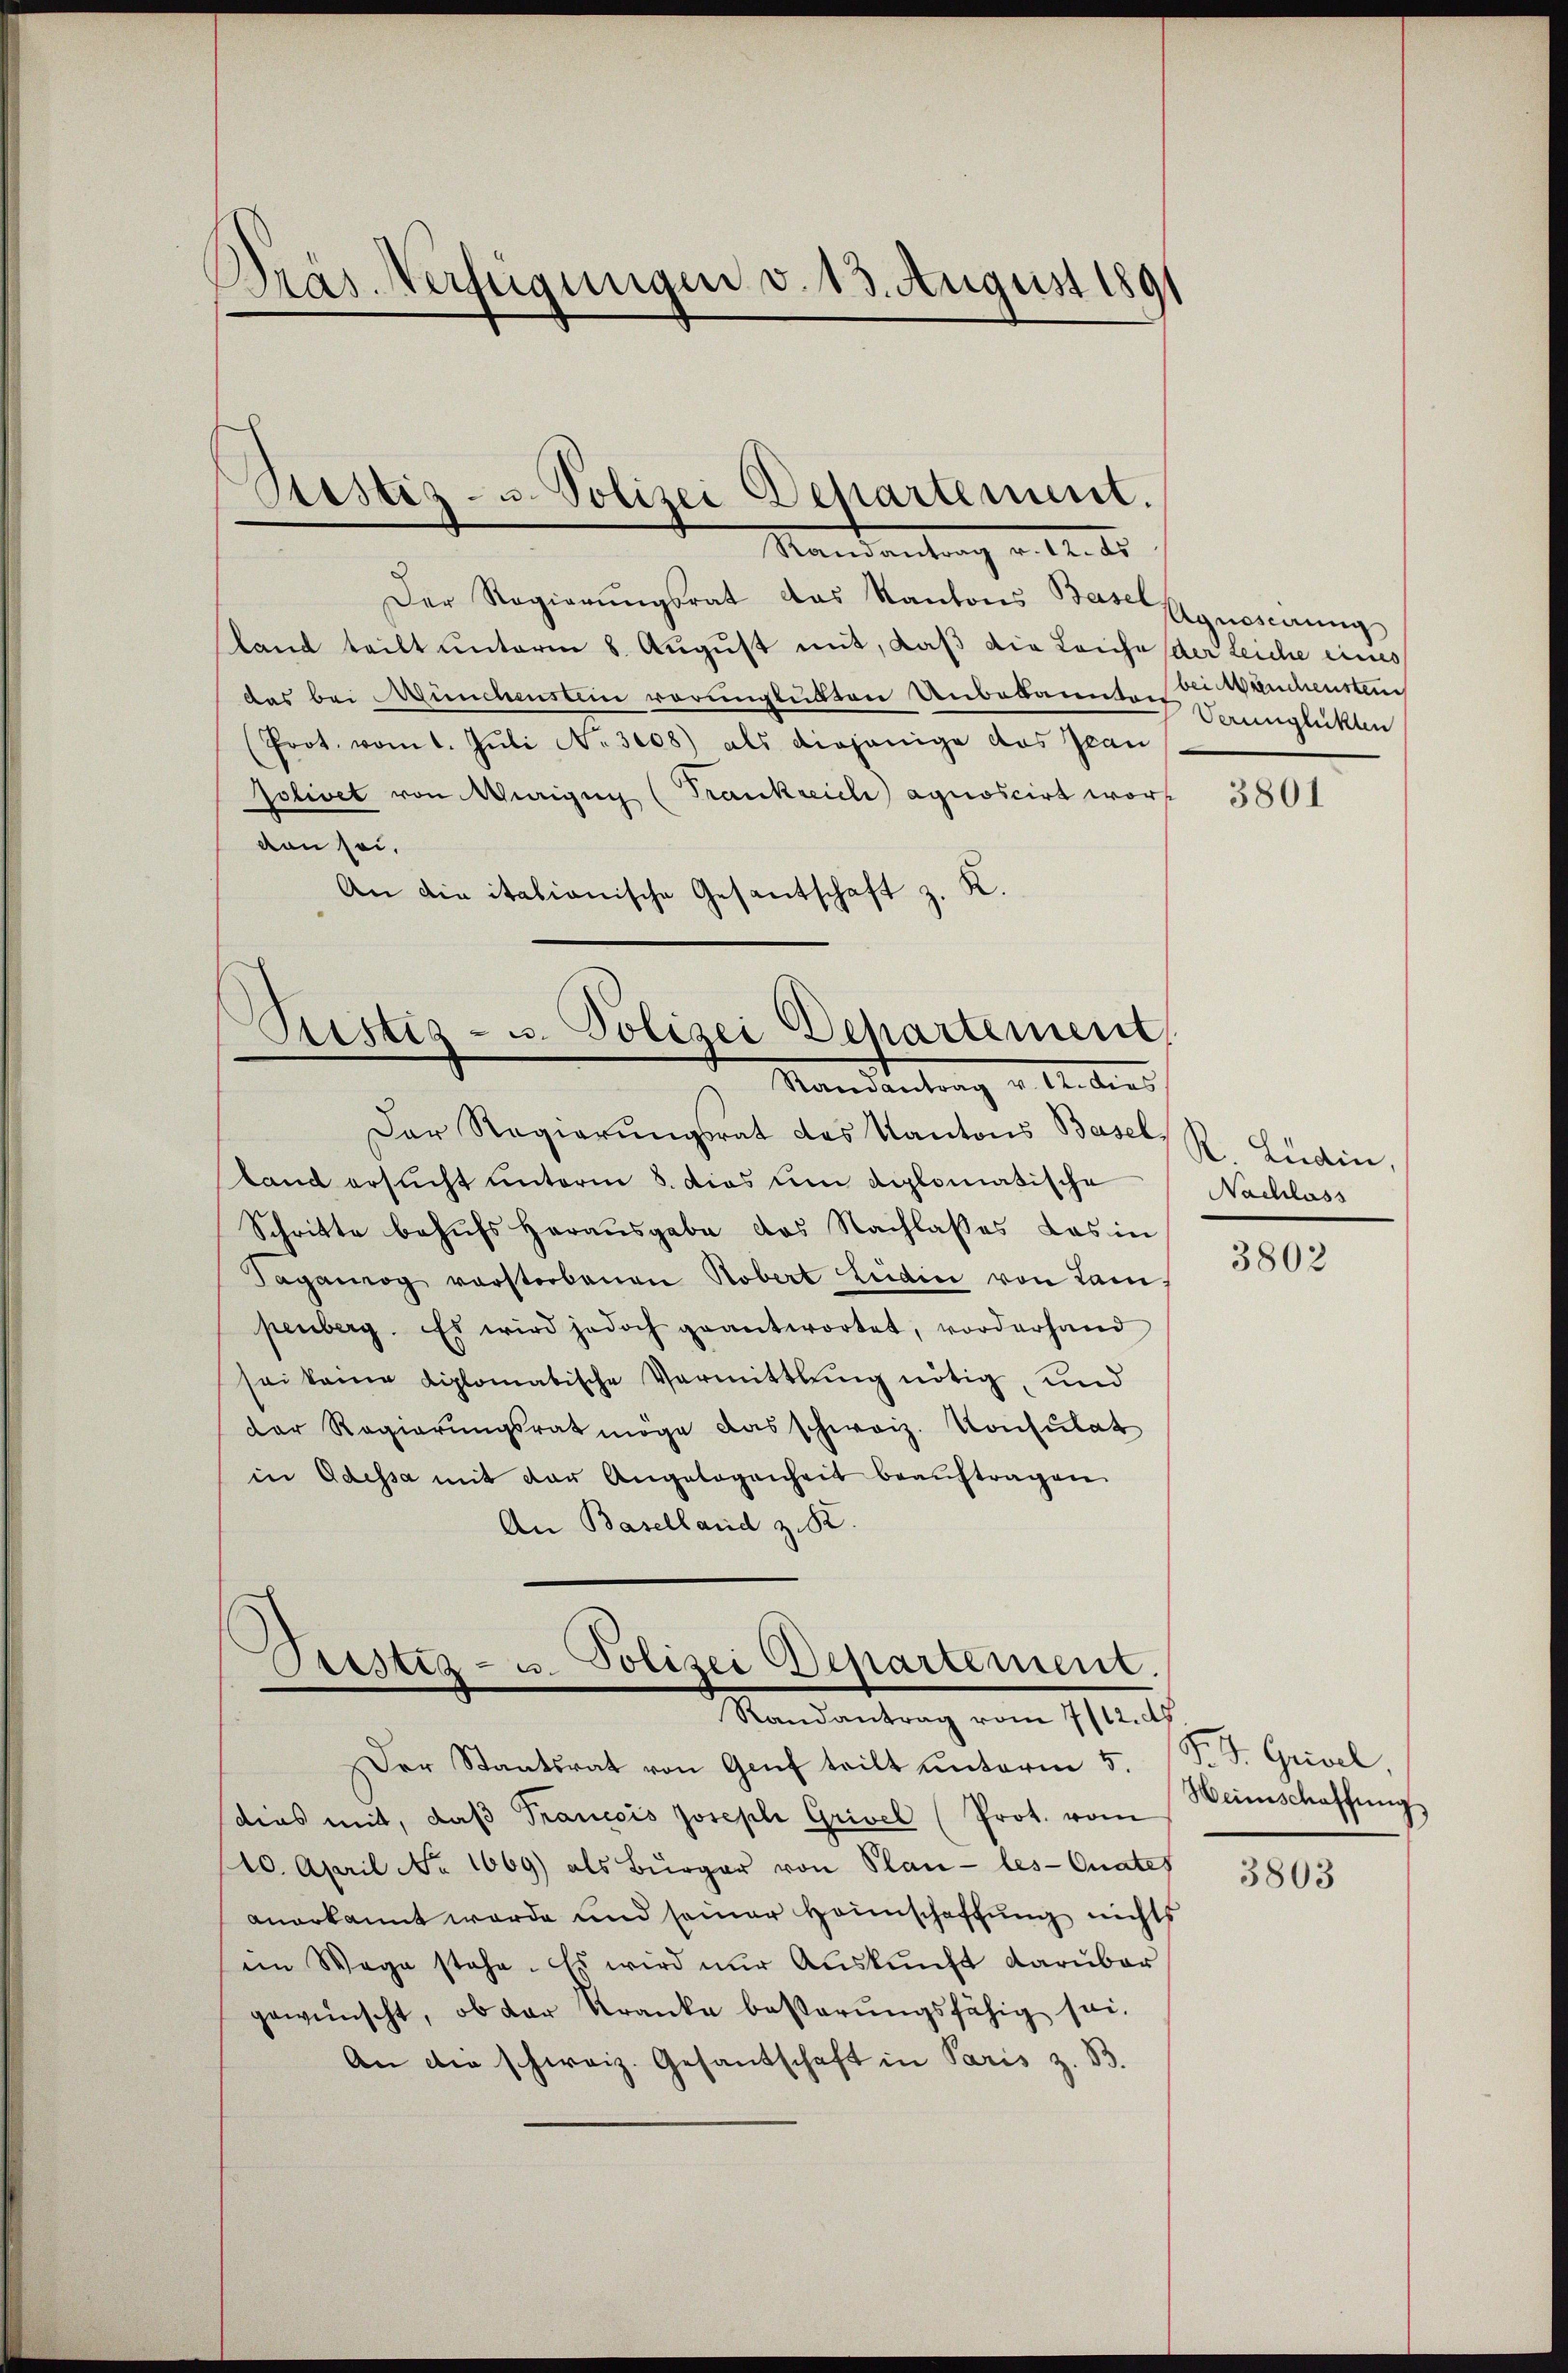
Pras Verfügungen v. 13. August 1891

Mandantrag v. 2. er
Der Regierŭngsrat das Kantons Base Agneserŭng
land teilt unterm 8. Aŭgŭst mit, daß die Leiche der Leiche eines
das bei Münchestein verunglükten Unbekannt der Manchenstei
(Prot. vom 1. Juli No 308) als diejenige das Jean
solivet von Weigen (Frankreich agnoscirt worden sei.
An die italianische Gesantschaft z. K.
)
Aristiz- u. Polizei Departement

Der Regierŭngsrat des Kantons Basel, R. Ludin
tand ersucht unterm 5. dies um diplomatische
Schritte behŭfs herausgabe das Nachlasses das in
Tagamog vorsterbenen Robert leidice von Lan
penberg. Es wird jedoch geantwortet, vorderhand
sei keine diplomatische Vermittlung nötig, und
der Regierŭngsrat möge das schweiz. Konsŭlat
in Odessa mit der Angelegenheit beaŭftragen.
An Baselland z. R.

Ptistiz- u. Polizei Departement.

Mandantung u. An dies

Cristiz- u. Polizei Besartement.
Randantrag vom 7/12. ds.

Der Staatsrat von Genf teilt unterm 5.
dies mit, daß Francois Joseph Grivel (Prot. vom
10. April No 1069) als Bürger von Plan-les-Onates
anerkannt werde und seiner Heimschaffung nichts
im Wege stehe. Es wird nur Auskunft darüber
gewünscht, ob der Kranke besterŭngsfähig sei,
An die schweiz. Gesandschaft in Paris z. B.

Verunglückten

3801

Nachlass

3802

F. S. Grisel,
Heimschaffung

3803